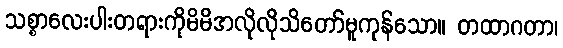
သစ္စာလေးပါးတရားကိုမိမိအလိုလိုသိတော်မူကုန်သော။ တထာဂတာ၊